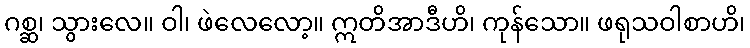
ဂစ္ဆ၊ သွားလေ။ ဝါ၊ ဖဲလေလော့။ ဣတိအာဒီဟိ၊ ကုန်သော။ ဖရုသဝါစာဟိ၊